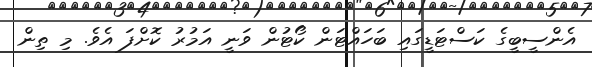
އެންސީބީގެ ކަސްޓަޑީގައި ބަހައްޓަން ކޯޓުން ވަނީ އަމުރު ކޮށްފަ އެވެ. މި ތިން